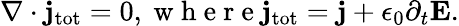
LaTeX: \nabla\cdot{\mathbf j}_{\mathrm{tot}}=0,\mathrm{~w~h~e~r~e~}{\mathbf j}_{\mathrm{tot}}={\mathbf j}+\epsilon_{0}\partial_{t}{\mathbf E}.